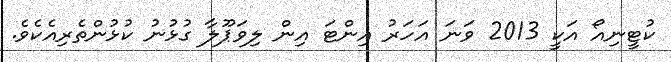
ކުޓީނިއޯ އަކީ 2013 ވަނަ އަހަރު އިންޓަ އިން ލިވަޕޫލާ ގުޅުނު ކުޅުންތެރިއެކެވެ.